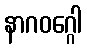
နာဂဝဂ္ဂေါ